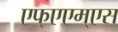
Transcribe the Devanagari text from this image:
एफ्‌एएम्‌एस